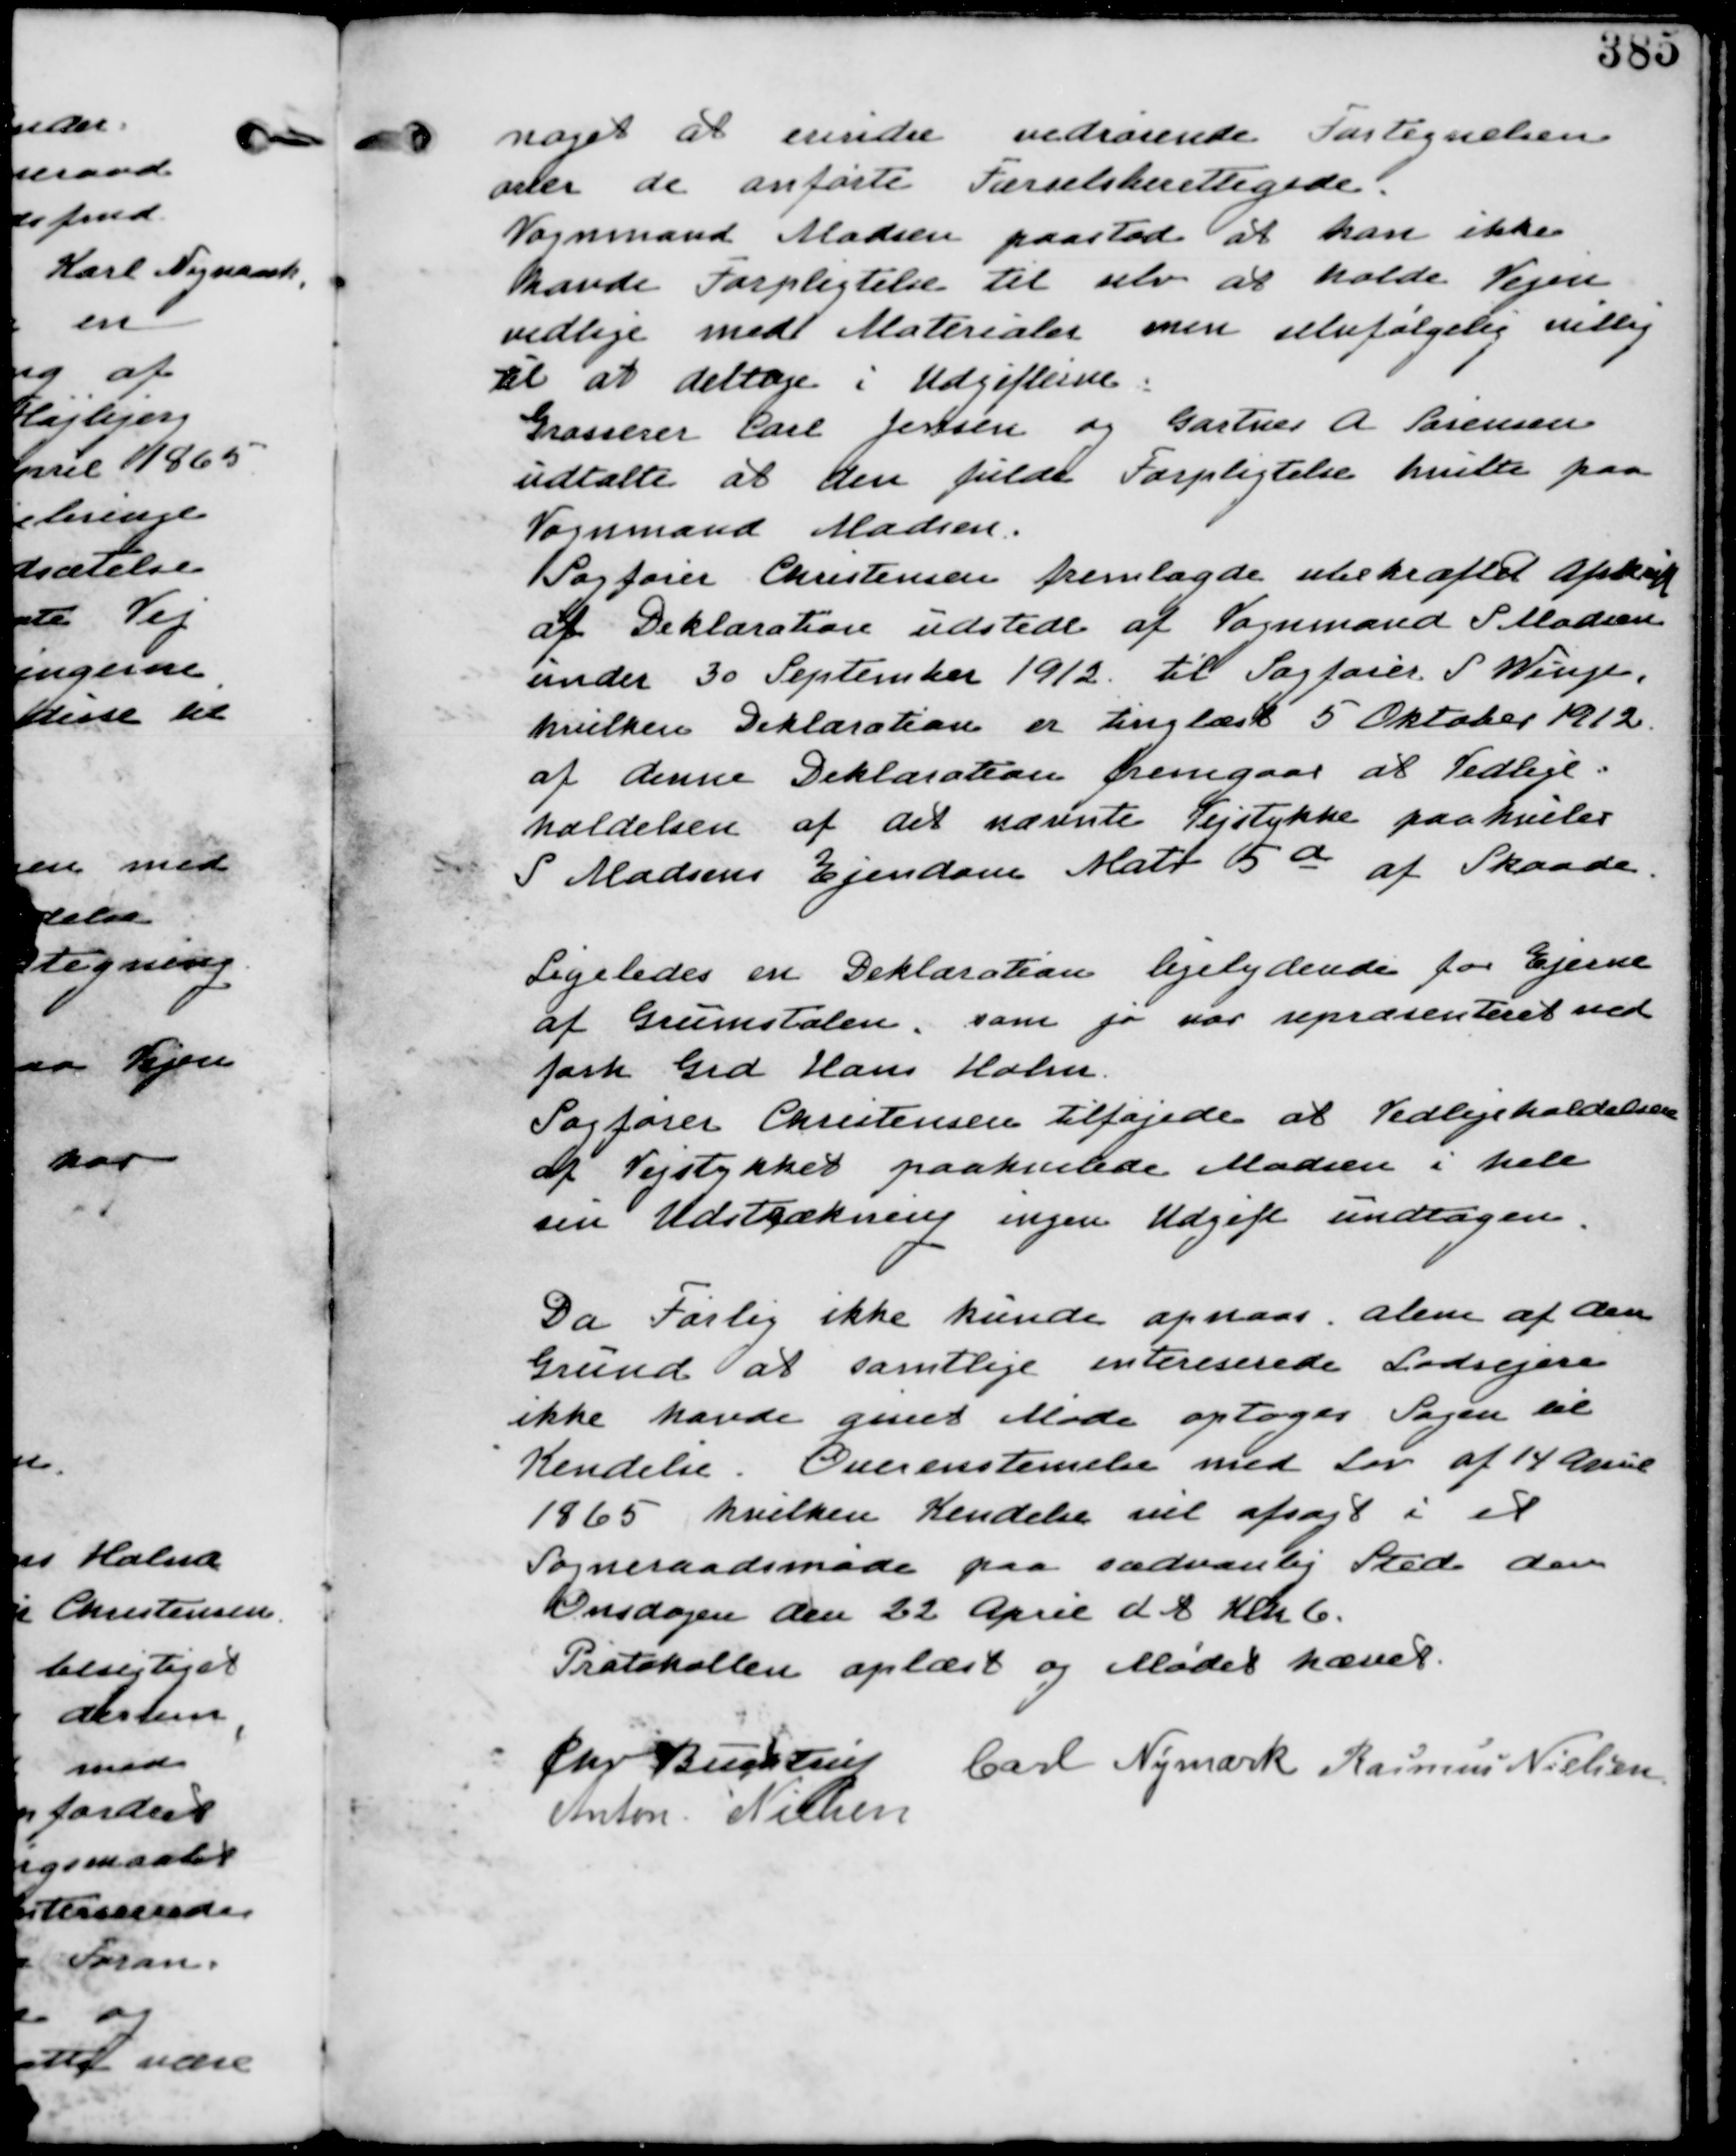
Transskription:
noget at erindre vedrørende Fortegnelsen
over de anførte Færdselsberettigede.

Vognmand Madsen paastod at han ikke
havde Forpligtigelse til selv at holde Vejen
vedlige med Materiale men selvfølgelig villig
til at deltage i Udgifterne.

Grosserer Carl Jensen og Gartner A. Sørensen
udtalte at den fulde forpligtigelsehvilte paa
Vognmand Madsen.

Sagfører Christensen fremlagde ubekræftet Afskrift
af Deklaration udstedt af Vognmand S Madsen
under 30 September 1912 til Sagfører S Winge.
hvilken Deklaration er tinglæst 5 Oktober 1912.
af denne Deklaration fremgaar at Vedlige-
holdelsen af det nævnte Vejstykke paahviler
S Madsens Ejendom Matr 5a af Skaade.

Ligeledes en Deklaration ligelydende for Ejerne
af Grumstolen. som jo var repræsenteret ved
faste Grd Hans Holm.
Sagfører Christensen tilføjede at Vedligeholdelsen
af Vejstykket paahviler Madsen i hele
sin Udstrækning ingen Udgift undtagen.

Da Forlig ikke kunne opnaas alene af den
Grund at samtlige interesserede Lodsejere
ikke havde givet Møde optages Sagen til
Kendelse. Overenstemmelse med Lov af 14 April
1865 hvilken Kendelse vil afsagt i et
Sogneraadsmøde paa sædvanlig Sted den
Onsdagen den 22 April dt Klk 6.

Protokollen oplæst og Mødet hævet
Chr Buchtrup
Carl Nymark Rasmus Nielsen
Anton Nielsen